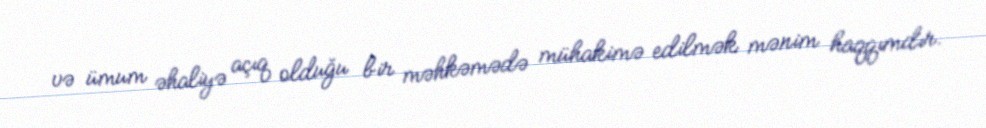
və ümum əhaliyə açıq olduğu bir məhkəmədə mühakimə edilmək mənim haqqımdır.